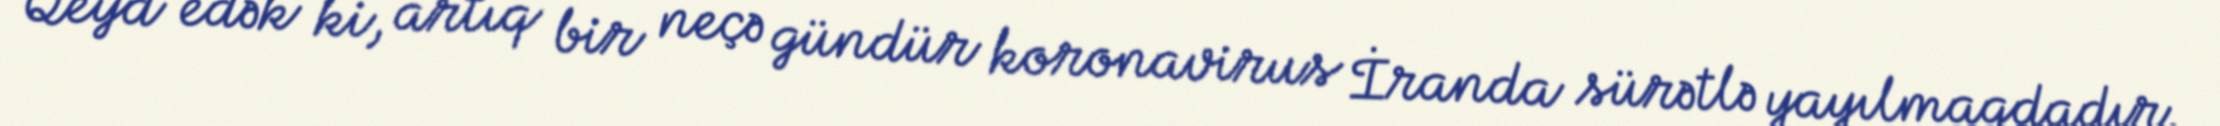
Qeyd edək ki, artıq bir neçə gündür koronavirus İranda sürətlə yayılmaqdadır.